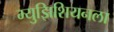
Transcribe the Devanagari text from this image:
म्युझिशियनला